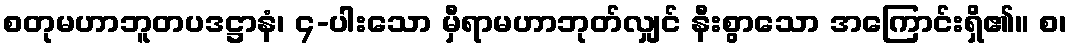
စတုမဟာဘူတပဒဋ္ဌာနံ၊ ၄-ပါးသော မှီရာမဟာဘုတ်လျှင် နီးစွာသော အကြောင်းရှိ၏။ စ၊